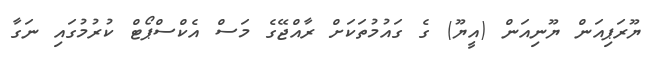
ޔޫރަޕިއަން ޔޫނިއަން (އީޔޫ) ގެ ގައުމުތަކަށް ރާއްޖޭގެ މަސް އެކްސްޕޯޓް ކުރުމުގައި ނަގާ